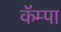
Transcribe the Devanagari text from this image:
कॅम्पा